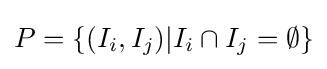
P=\{(I_{i},I_{j})|I_{i}\cap I_{j}=\emptyset \}